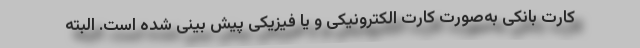
کارت بانکی به‌صورت کارت الکترونیکی و یا فیزیکی پیش بینی شده است. البته